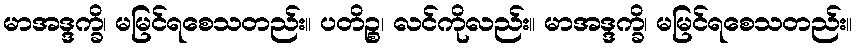
မာအဒ္ဒက္ခိ၊ မမြင်ရစေသတည်း။ ပတိဉ္စ၊ လင်ကိုလည်း။ မာအဒ္ဒက္ခိ၊ မမြင်ရစေသတည်း။